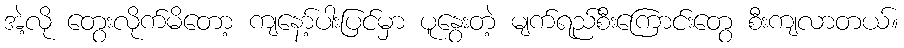
အဲ့လို တွေးလိုက်မိတော့ ကျနော့်ပါးပြင်မှာ ပူနွေးတဲ့ မျက်ရည်စီးကြောင်းတွေ စီးကျလာတယ်။